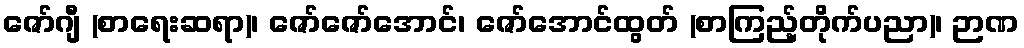
ဇော်ဂျီ (စာရေးဆရာ)၊ ဇော်ဇော်အောင်၊ ဇော်အောင်ထွတ် (စာကြည့်တိုက်ပညာ)၊ ဉာဏ